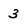
Character: 3